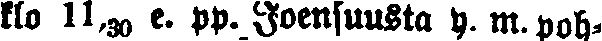
klo 11,30 e. pp. Joensuusta y. m. poh-